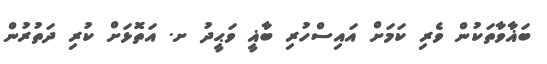
ބަޣާވާތަކުން ވެރި ކަމަށް އައިސްހުރި ބާޣީ ވަޙީދު ށ. އަތޮޅަށް ކުރި ދަތުރުން